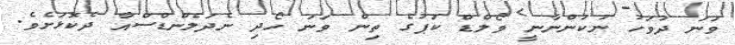
ވަނަ ދުވަހު ނުކުންނާނީ ވޯލްޑް ކަޕުގެ ތިން ވަނަ ހޯދި ނެދަލެންޑްސްއާ ދެކޮޅަށެވެ.